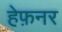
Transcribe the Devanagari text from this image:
हेफ़नर